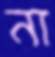
না